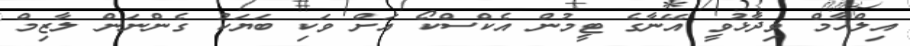
އިލްހާމް ވިދާޅުވީ އޭނާގެ ޓީމުން އެކްސްކޯ އަށް ވަކި ބަޔަކު ގެންނަން ލާޒިމް